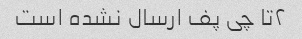
۲تا چی پف ارسال نشده است